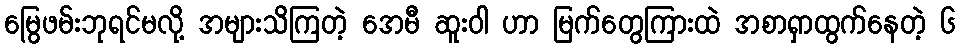
မြွေဖမ်းဘုရင်မလို့ အများသိကြတဲ့ အေမီ ဆူးဝါ ဟာ မြက်တွေကြားထဲ အစာရှာထွက်နေတဲ့ ၆